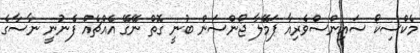
މެކްސިކޯ ސައިންސްވެރިއާ ޕަމޭލާ ޖޯންސަން ބުނީ ގޮތް ނޭގޭ އެއްޗެއް ފެނުނީ ނާސާގެ